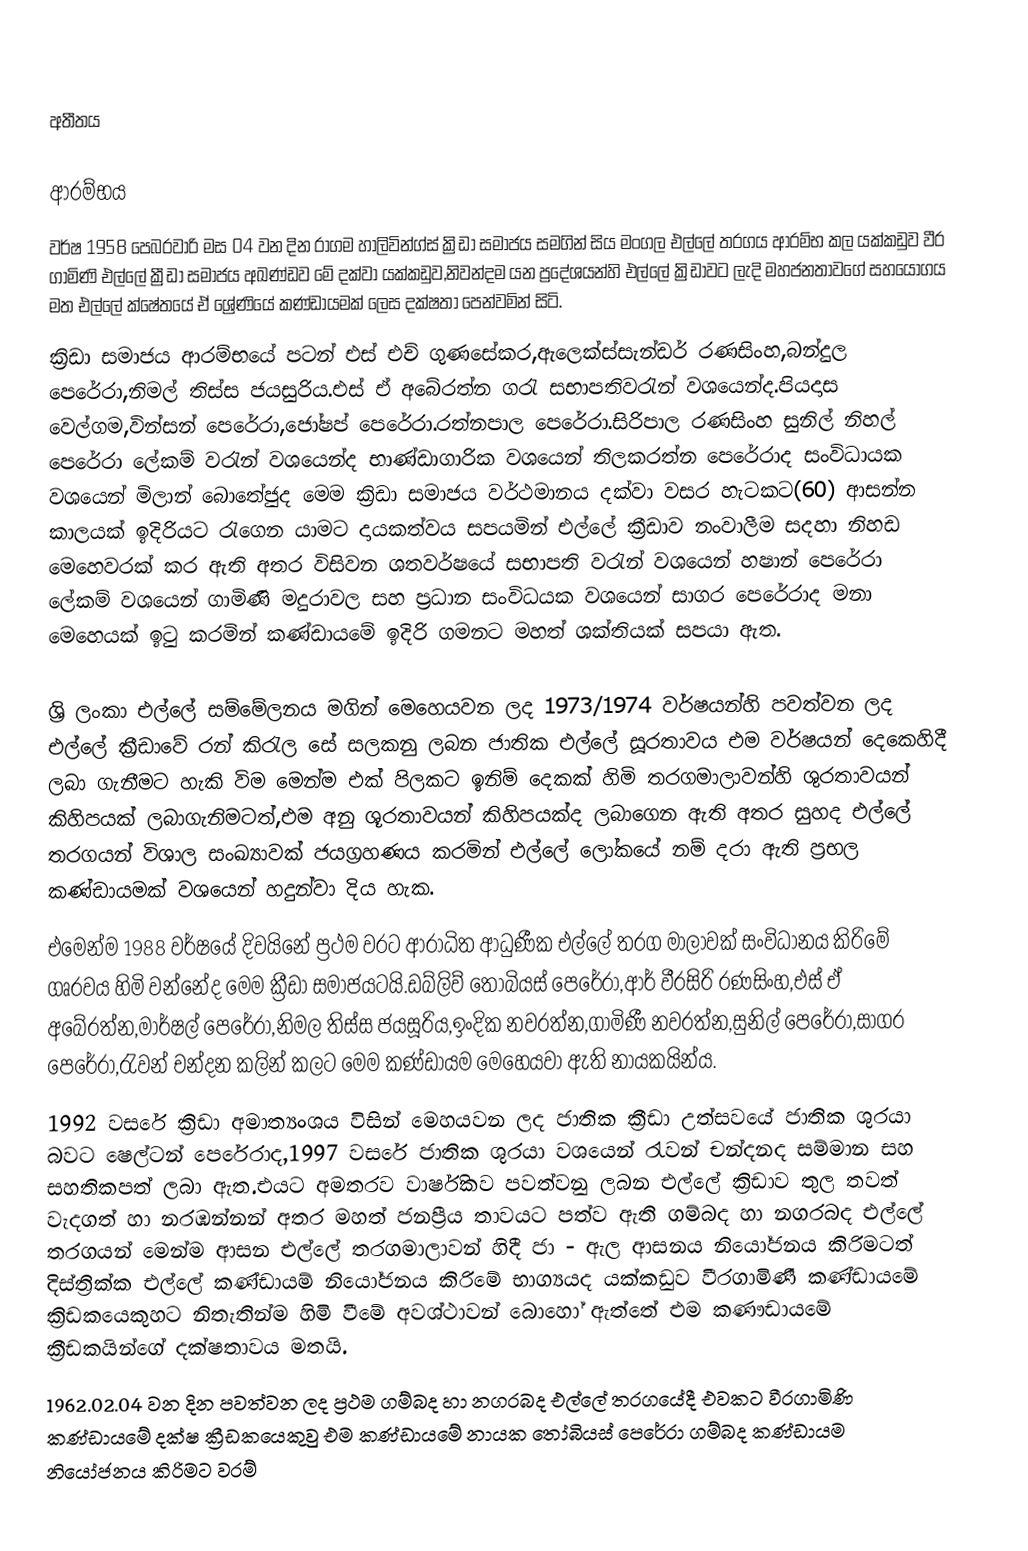

අතීතය

ආරම්භය
වර්ෂ 1958 පෙබරවාරි මස 04 වන දින රාගම හාලිවින්ග්ස් ක්‍රිඩා සමාජය සමගින් සිය මංගල එල්ලේ තරගය ආරම්භ කල යක්කඩුව වීර ගාමිණි එල්ලේ ක්‍රීඩා සමාජය අඛණ්ඩව මේ දක්වා යක්කඩුව,නිවන්දම යන ප්‍රදේශයන්හි එල්ලේ ක්‍රිඩාවට ලැදි මහජනතාවගේ සහයොගය මත එල්ලේ ක්ෂේතයේ ඒ ශ්‍රේණියේ කණ්ඩායමක් ලෙස දක්ෂතා පෙන්වමින් සිටි.
ක්‍රිඩා සමාජය ආරම්භයේ පටන් එස් එච් ගුණසේකර,ඇලෙක්ස්සැන්ඩර් රණසිංහ,බන්දුල පෙරේරා,නිමල් තිස්ස ජයසුරිය.එස් ඒ අබේරත්න ගරැ සභාපතිවරැන් වශයෙන්ද.පියදාස වෙල්ගම,වින්සන් පෙරේරා,ජෝෂප් පෙරේරා.රත්නපාල පෙරේරා.සිරිපාල රණසිංහ සුනිල් නිහල් පෙරේරා ලේකම් වරැන් වශයෙන්ද භාණ්ඩාගාරික වශයෙන් තිලකරත්න පෙරේරාද සංවිධායක වශයෙන් මිලාන් බොතේජුද මෙම ක්‍රිඩා සමාජය වර්ථමානය දක්වා වසර හැටකට(60) ආසන්න කාලයක් ඉදිරියට රැගෙන යාමට දායකත්වය සපයමින් එල්ලේ ක්‍රීඩාව නංවාලීම සදහා නිහඩ මෙහෙවරක් කර ඇති අතර විසිවන ශතවර්ෂයේ සභාපති වරැන් වශයෙන් හෂාන් පෙරේරා ලේකම් වශයෙන් ගාමිණි මදුරාවල සහ ප්‍රධාන සංවිධයක වශයෙන් සාගර පෙරේරාද මනා මෙහෙයක් ඉටු කරමින් කණ්ඩායමේ ඉදිරි ගමනට මහත් ශක්තියක් සපයා ඇත.

ශ්‍රි ලංකා එල්ලේ සම්මේලනය මගින් මෙහෙයවන ලද 1973/1974 වර්ෂයන්හි පවත්වන ලද එල්ලේ ක්‍රීඩාවේ රන් කිරැල සේ සලකනු ලබන ජාතික එල්ලේ සූරතාවය එම වර්ෂයන් දෙකෙහිදී ලබා ගැනීමට හැකි විම මෙන්ම එක් පිලකට ඉනිම් දෙකක් හිමි තරගමාලාවන්හි ශුරතාවයන් කිහිපයක් ලබාගැනිමටත්,එම අනු ශූරතාවයන් කිහිපයක්ද ලබාගෙන ඇති අතර සුහද එල්ලේ තරගයන් විශාල සංඛ්‍යාවක් ජයග්‍රහණය කරමින් එල්ලේ ලෝකයේ නම් දරා ඇති ප්‍රභල කණ්ඩායමක් වශයෙන් හදුන්වා දිය හැක.
එමෙන්ම 1988 වර්ෂයේ දිවයිනේ ප්‍රථම වරට ආරාධිත ආධුණීක එල්ලේ තරග මාලාවක් සංවිධානය කිරිමේ ගෘරවය හිමි වන්නේද මෙම ක්‍රීඩා සමාජයටයි.ඩබ්ලිව් තෝබියස් පෙරේරා,ආර් වීරසිරි රණසිංහ,එස් ඒ අබේරත්න,මාර්ෂල් පෙරේරා,නිමල තිස්ස ජයසූරිය,ඉංදික නවරත්න,ගාමිණී නවරත්න,සුනිල් පෙරේරා,සාගර පෙරේරා,රැවන් චන්දන කලින් කලට මෙම කණ්ඩායම මෙහෙයවා ඇති නායකයින්ය.
1992 වසරේ ක්‍රිඩා අමාත්‍යංශය විසින් මෙහයවන ලද ජාතික ක්‍රීඩා උත්සවයේ ජාතික ශුරයා බවට ෂෙල්ටන් පෙරේරාද,1997 වසරේ ජාතික ශුරයා වශයෙන් රැවන් චන්දනද සම්මාන සහ සහතිකපත් ලබා ඇත.එයට අමතරව වාර්ෂිකව පවත්වනු ලබන එල්ලේ ක්‍රිඩාව තුල තවත් වැදගත් හා නරඹන්නන් අතර මහත් ජනප්‍රීය තාවයට පත්ව ඇති ගම්බද හා නගරබද එල්ලේ තරගයන් මෙන්ම ආසන එල්ලේ තරගමාලාවන් හිදී ජා - ඇල ආසනය නියෝජනය කිරිමටත් දිස්ත්‍රික්ක එල්ලේ කණ්ඩායම් නියෝජනය කිරිමේ භාග්‍යයද යක්කඩුව වීරගාමිණී කණ්ඩායමේ ක්‍රිඩකයෙකුහට නිතැතින්ම හිමි වීමේ අවශ්ථාවන් බොහෝ ඇත්තේ එම කණෟඩායමේ ක්‍රීඩකයින්ගේ දක්ෂතාවය මතයි.
1962.02.04 වන දින පවත්වන ලද ප්‍රථම ගම්බද හා නගරබද එල්ලේ තරගයේදී එවකට වීරගාමිණි කණ්ඩායමේ දක්ෂ ක්‍රීඩකයෙකුවු එම කණ්ඩායමේ නායක තෝබියස් පෙරේරා ගම්බද කණ්ඩායම නියෝජනය කිරිමට වරම්